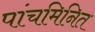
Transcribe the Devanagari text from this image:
पांचमिनित